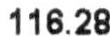
116.28